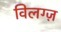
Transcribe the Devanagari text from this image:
विलग्ज़